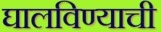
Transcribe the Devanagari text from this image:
घालविण्याची